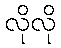
လိုလို